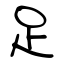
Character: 足